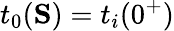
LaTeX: t_{0}(\mathbf{S})=t_{i}(0^{+})